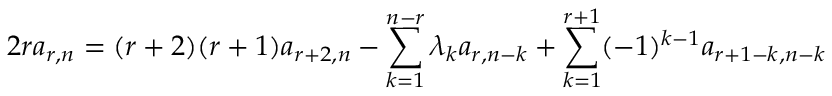
2 r a _ { r , n } = ( r + 2 ) ( r + 1 ) a _ { r + 2 , n } - \sum _ { k = 1 } ^ { n - r } \lambda _ { k } a _ { r , n - k } + \sum _ { k = 1 } ^ { r + 1 } ( - 1 ) ^ { k - 1 } a _ { r + 1 - k , n - k }